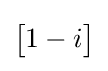
\left[{\begin{matrix}1-i\end{matrix}}\right]